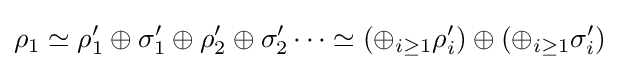
\rho _{1}\simeq \rho _{1}'\oplus \sigma _{1}'\oplus \rho _{2}'\oplus \sigma _{2}'\cdots \simeq (\oplus _{i\geq 1}\rho _{i}')\oplus (\oplus _{i\geq 1}\sigma _{i}')